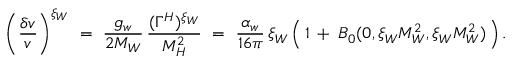
\bigg ( \frac { \delta v } { v } \bigg ) ^ { \xi _ { W } } \ = \ \frac { g _ { w } } { 2 M _ { W } } \, \frac { ( \Gamma ^ { H } ) ^ { \xi _ { W } } } { M _ { H } ^ { 2 } } \ = \ \frac { \alpha _ { w } } { 1 6 \pi } \, \xi _ { W } \, \Big ( \, 1 \: + \: B _ { 0 } ( 0 , \xi _ { W } M _ { W } ^ { 2 } , \xi _ { W } M _ { W } ^ { 2 } ) \, \Big ) \, .